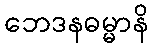
ဘေဒနဓမ္မာနိ